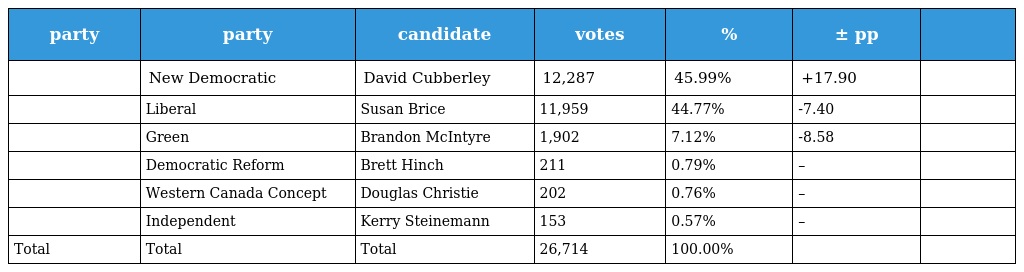
| party | party | candidate | votes | % | ± pp |  |
 | --- | --- | --- | --- | --- | --- | --- |
 |  | New Democratic | David Cubberley | 12,287 | 45.99% | +17.90 |  |
 |  | Liberal | Susan Brice | 11,959 | 44.77% | -7.40 |  |
 |  | Green | Brandon McIntyre | 1,902 | 7.12% | -8.58 |  |
 |  | Democratic Reform | Brett Hinch | 211 | 0.79% | – |  |
 |  | Western Canada Concept | Douglas Christie | 202 | 0.76% | – |  |
 |  | Independent | Kerry Steinemann | 153 | 0.57% | – |  |
 | Total | Total | Total | 26,714 | 100.00% |  |  |